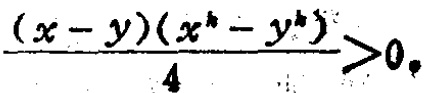
\frac{(x - y)(x^{k}-y^{k})}{4}>0